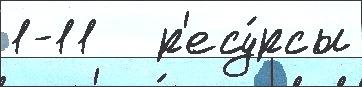
1-11   р'есу́рсы